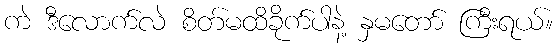
ကဲ ဒီလောက်လဲ စိတ်မထိခိုက်ပါနဲ့ နှမတော် ကြီးရယ်။